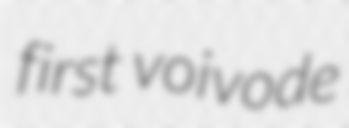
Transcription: first voivode